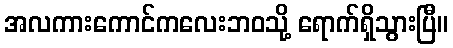
အလကားကောင်ကလေးဘဝသို့ ရောက်ရှိသွားပြီ။